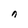
Character: n